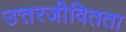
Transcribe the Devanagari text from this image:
उत्तरजीवितता